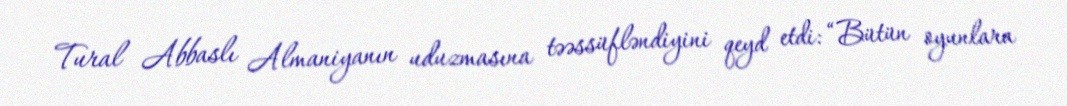
Tural Abbaslı Almaniyanın uduzmasına təəssüfləndiyini qeyd etdi: “Bütün oyunlara